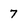
Character: 7